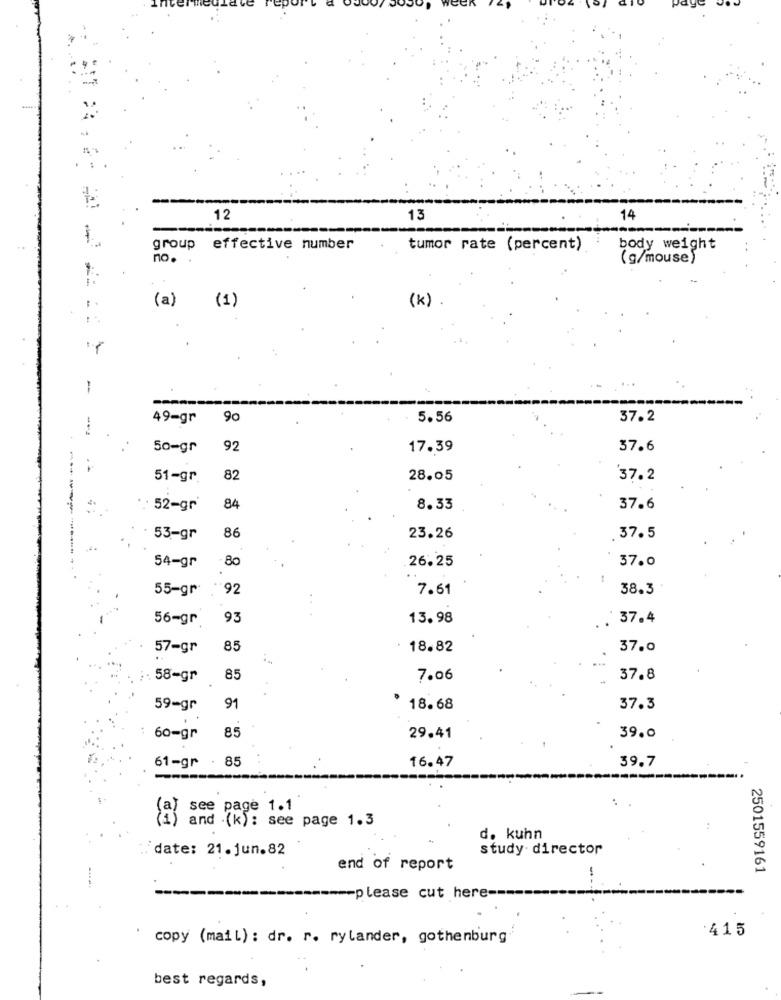
12
13
14
group effective number
tumor rate (percent)
body weight
no.
(g/mouse)
(a)
(k)
(1)
-
49-gr
90
5.56
37.2
50=gr
92
17.39
37.6
51-gr.
82
28.05
37.2
52-gr
84
8.33
37.6
86
53-gr
23.26
37.5
54-gr
80
26.25
37.0
55-gr
92
7.61
38.3
56-gr
93
13.98
37.4
57-gr
85
18.82
37.0
:: 58-gr
85
7.06
37.8
59-gr
91
18.68
37.3
39.0
60-gr
29.41
16.47
39.7
61-gr . 85
(a) see page 1.1
) and (k) : see page 1.3
d. kuhn
'date: 21.jun.82
study director
end of report
2501559161
please cut here-
:415
copy (mail) : dr. r. rylander, gothenburg
best regards,